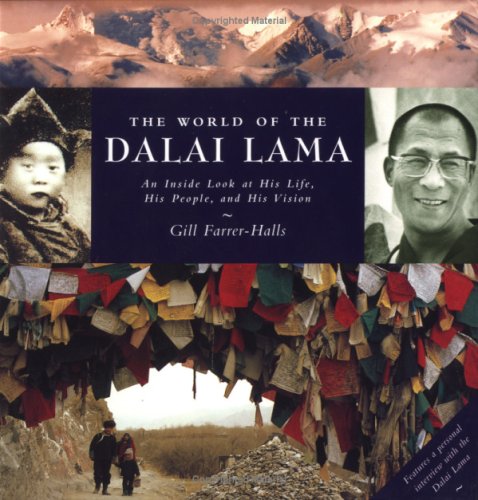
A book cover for The World of the Dalai Lama: An Inside Look at His Life, His People, and His Vision; Gill Farrer-Halls; Religion & Spirituality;